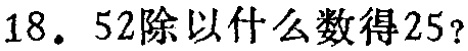
18. \(52\)除以什么数得\(25\)?